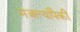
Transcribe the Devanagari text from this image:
मजल्यांपैकी